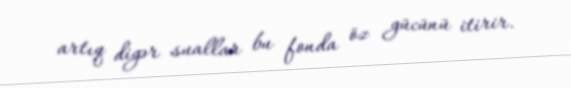
artıq digər suallar bu fonda öz gücünü itirir.